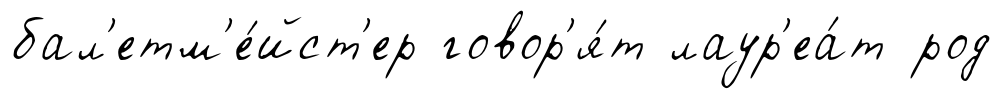
бал'етм'е́йст'ер говор'я́т лаур'еа́т род